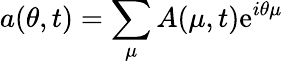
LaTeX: a(\theta,t)=\sum_{\mu}A(\mu,t)\mathrm{e}^{i\theta\mu}